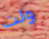
ولت